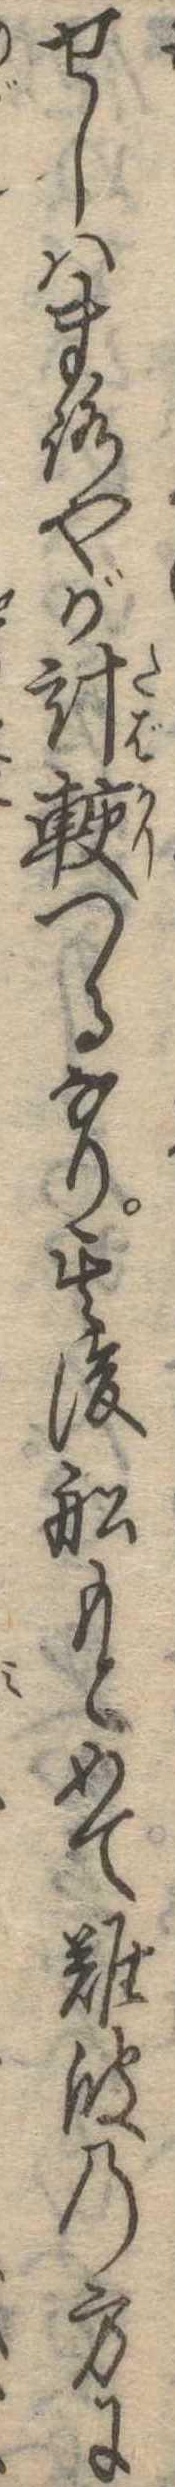
せしはまろやが計較つるなり其後船もとめて難波の方に